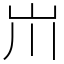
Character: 𡵅